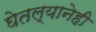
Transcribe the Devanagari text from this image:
घेतल्यानेही